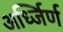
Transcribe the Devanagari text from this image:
अर्ध्जिर्ण